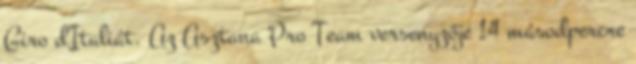
Giro d'Italiát. Az Asztana Pro Team versenyzője 14 másodpercre